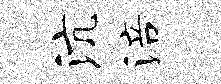
沆涪